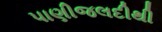
પાણીજલદીથી